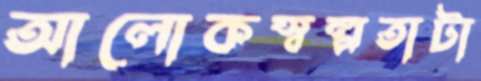
আলোকস্বল্পতাটা